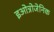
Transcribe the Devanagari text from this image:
इओत्रोजेनिक